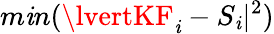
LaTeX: m\mathit{i}n(\lvertKF_{\mathit{i}}-S_{\mathit{i}}\rvert^{2})